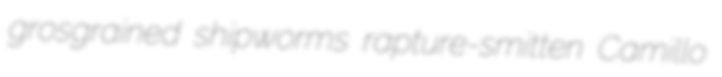
grosgrained shipworms rapture-smitten Camillo